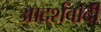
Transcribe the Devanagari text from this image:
आदर्शवादीें